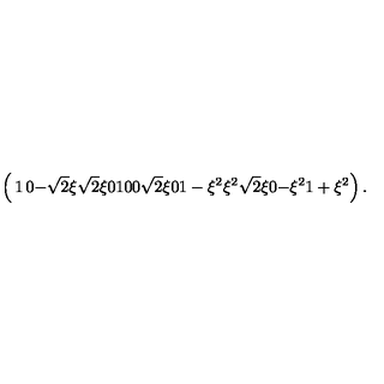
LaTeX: \left( \begin{matrix} { 1 } & { 0 } & { - \sqrt { 2 } \xi } & { \sqrt { 2 } \xi } \\ { 0 } & { 1 } & { 0 } & { 0 } \\ { \sqrt { 2 } \xi } & { 0 } & { 1 - \xi ^ { 2 } } & { \xi ^ { 2 } } \\ { \sqrt { 2 } \xi } & { 0 } & { - \xi ^ { 2 } } & { 1 + \xi ^ { 2 } } \\ \end{matrix} \right) .